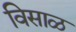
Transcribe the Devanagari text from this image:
विसाळ